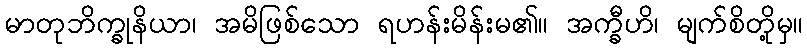
မာတုဘိက္ခုနိယာ၊ အမိဖြစ်သော ရဟန်းမိန်းမ၏။ အက္ခီဟိ၊ မျက်စိတို့မှ။